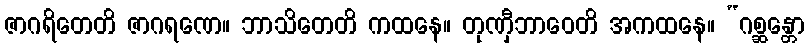
ဇာဂရိတေတိ ဇာဂရဏေ။ ဘာသိတေတိ ကထနေ။ တုဏှီဘာဝေတိ အကထနေ။ “ဂစ္ဆန္တော